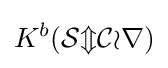
K^{b}({\mathcal {SmCor}})